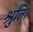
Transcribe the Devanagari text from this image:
श्रुति।